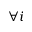
\forall i